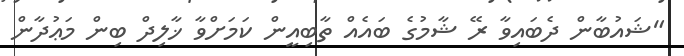
"ޝައުބާން ދެބައިވާ ރޭ ޝާމުގެ ބައެއް ތާބިއީން ކަމަށްވާ ޚާލިދް ބިން މަޢުދާން